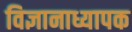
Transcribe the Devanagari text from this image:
विज्ञानाध्यापक